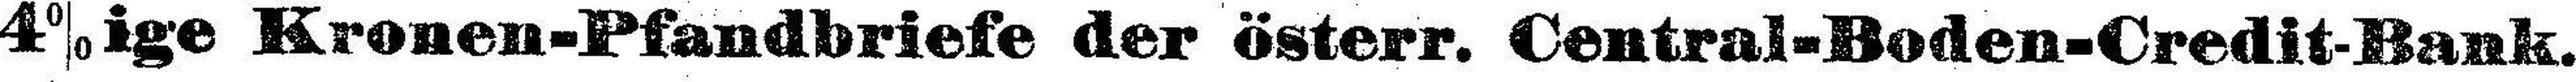
4%ige Kronen-Pfandbriefe der österr. Central-Boden-Credit-Bank.